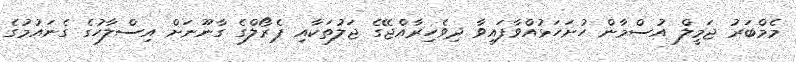
މެމްބަރު ޖަމީލް އުސްމާން ހުށަހަޅުއްވާފައިވާ ދިވެހިރާއްޖޭގެ ޖަލުތަކާއި ޕެރޯލްގެ ގާނޫނަށް އިސްލާހުގެ ގެނައުމުގެ